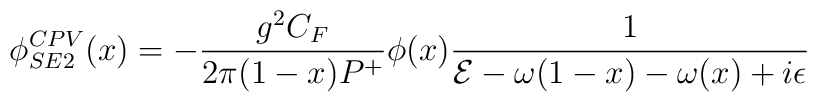
\phi^{CPV}_{SE2}(x)=-{{g^2 C_F}\over {2\pi (1-x)P^+}}\phi(x){1\over {{\cal E}-\omega(1-x)-\omega(x)+i\epsilon}}